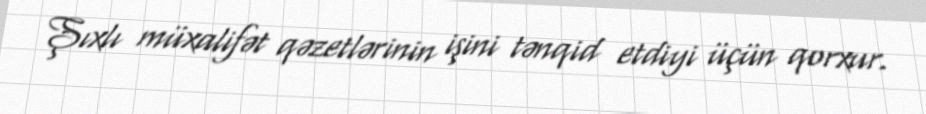
Şıxlı müxalifət qəzetlərinin işini tənqid etdiyi üçün qorxur.